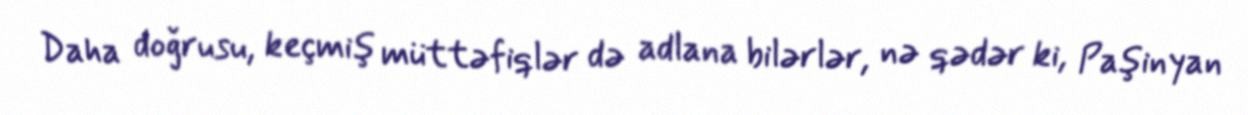
Daha doğrusu, keçmiş müttəfiqlər də adlana bilərlər, nə qədər ki, Paşinyan